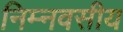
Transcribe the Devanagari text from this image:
निम्नवसीय